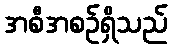
အစီအစဉ်ရှိသည်